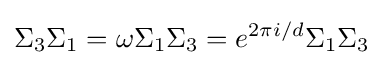
\Sigma _{3}\Sigma _{1}=\omega \Sigma _{1}\Sigma _{3}=e^{2\pi i/d}\Sigma _{1}\Sigma _{3}